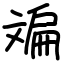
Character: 斒